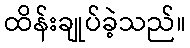
ထိန်းချုပ်ခဲ့သည်။